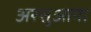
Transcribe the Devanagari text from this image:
अरसुआगा